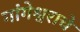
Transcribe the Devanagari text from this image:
गांगेश्वराचे